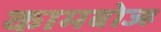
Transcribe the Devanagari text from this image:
कामबोज्ह